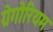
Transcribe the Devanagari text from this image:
ग्रेगोरियम